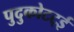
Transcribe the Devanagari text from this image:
पुदुकोटट्ई